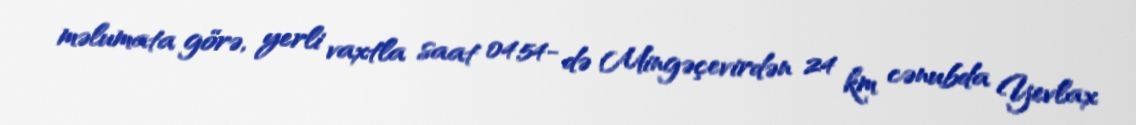
məlumata görə, yerli vaxtla saat 04:54- də Mingəçevirdən 24 km cənubda Yevlax